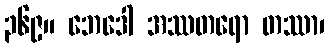
၃၆၉။ ဘေဒေါ အဿတရော တဿာ၊